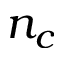
n _ { c }